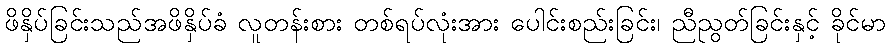
ဖိနှိပ်ခြင်းသည်အဖိနှိပ်ခံ လူတန်းစား တစ်ရပ်လုံးအား ပေါင်းစည်းခြင်း၊ ညီညွတ်ခြင်းနှင့် ခိုင်မာ